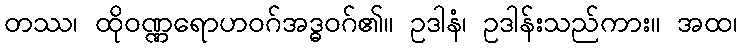
တဿ၊ ထိုဝဏ္ဏရောဟဝဂ်အဒ္ဓဝဂ်၏။ ဥဒါနံ၊ ဥဒါန်းသည်ကား။ အထ၊